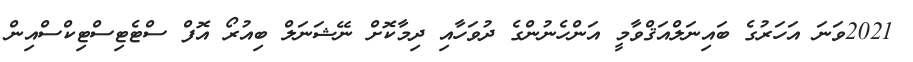
2021ވަނަ އަހަރުގެ ބައިނަލްއަޤްވާމީ އަންހެނުންގެ ދުވަހާއި ދިމާކޮށް ނޭޝަނަލް ބިއުރޯ އޮފް ސްޓެޓިސްޓިކްސްއިން